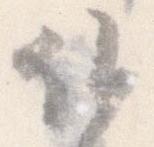
候